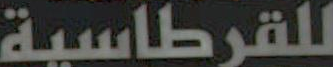
للقرطاسية